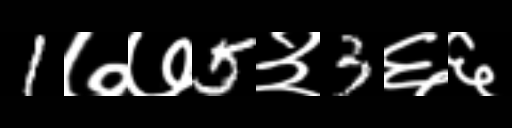
Text: 1७७5३3६६